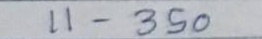
11 - 350